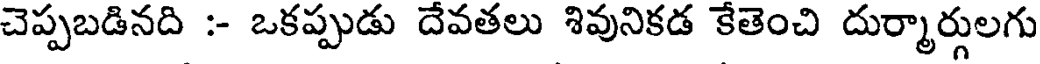
చెప్పబడినది :- ఒకప్పుడు దేవతలు శివునికడ కేతెంచి దుర్మార్గులగు